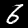
Digit: 6